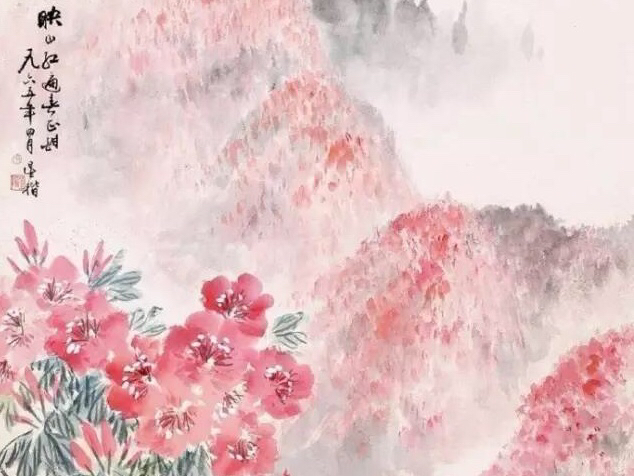
织锦相思楼影下，钿钗暗约小帘间。